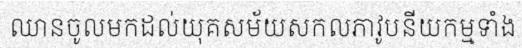
ឈានចូលមកដល់យុគសម័យសកលភាវូបនីយកម្មទាំង